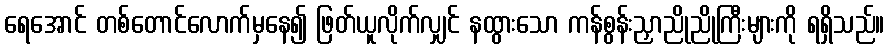
ရေအောင် တစ်တောင်လောက်မှနေ၍ ဖြတ်ယူလိုက်လျှင် နထွားသော ကန်စွန်းညှာညိုညိုကြီးများကို ရရှိသည်။